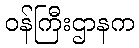
ဝန်ကြီးဌာနက